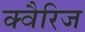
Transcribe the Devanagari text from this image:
क्वैरिज